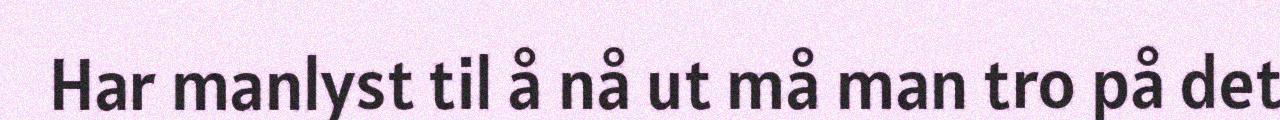
Har manlyst til å nå ut må man tro på det